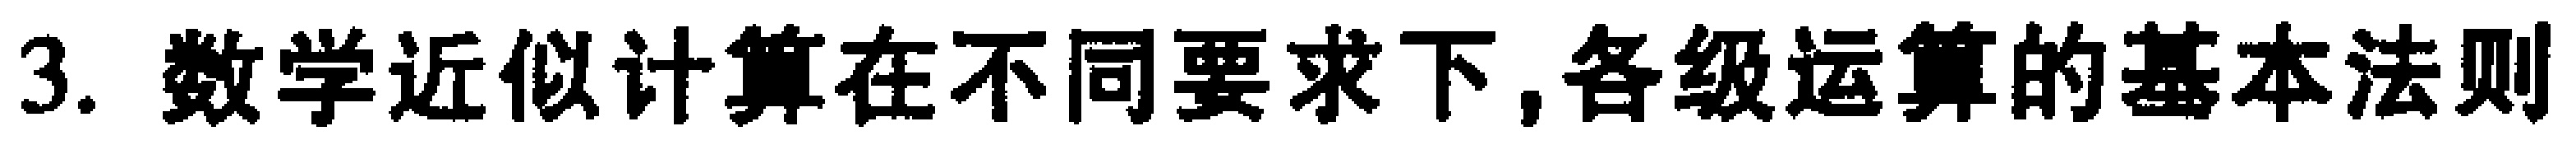
3. 数学近似计算在不同要求下,各级运算的基本法则